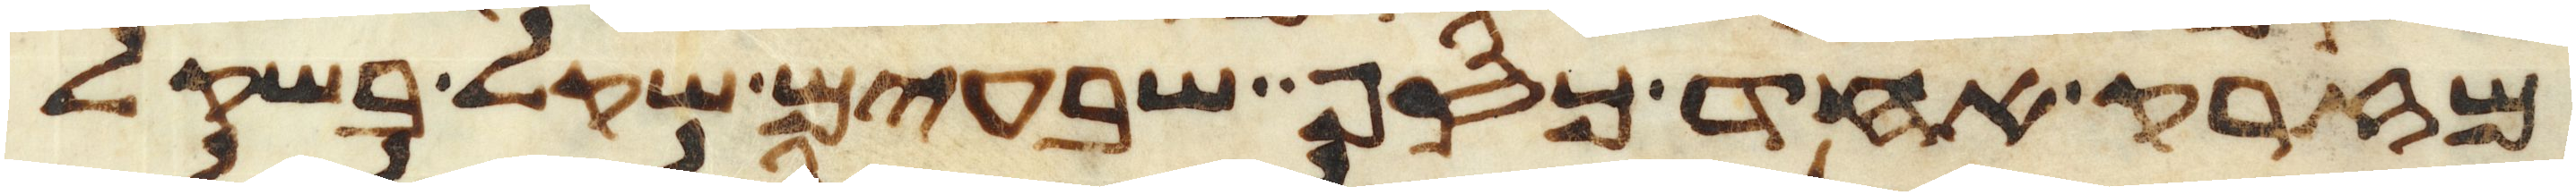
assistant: מזרק אחד כסף שבעים שקל בשקל